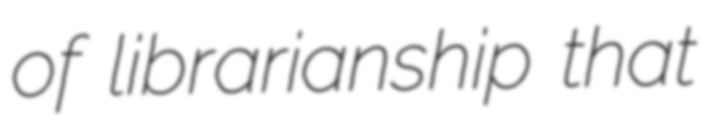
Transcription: of librarianship that